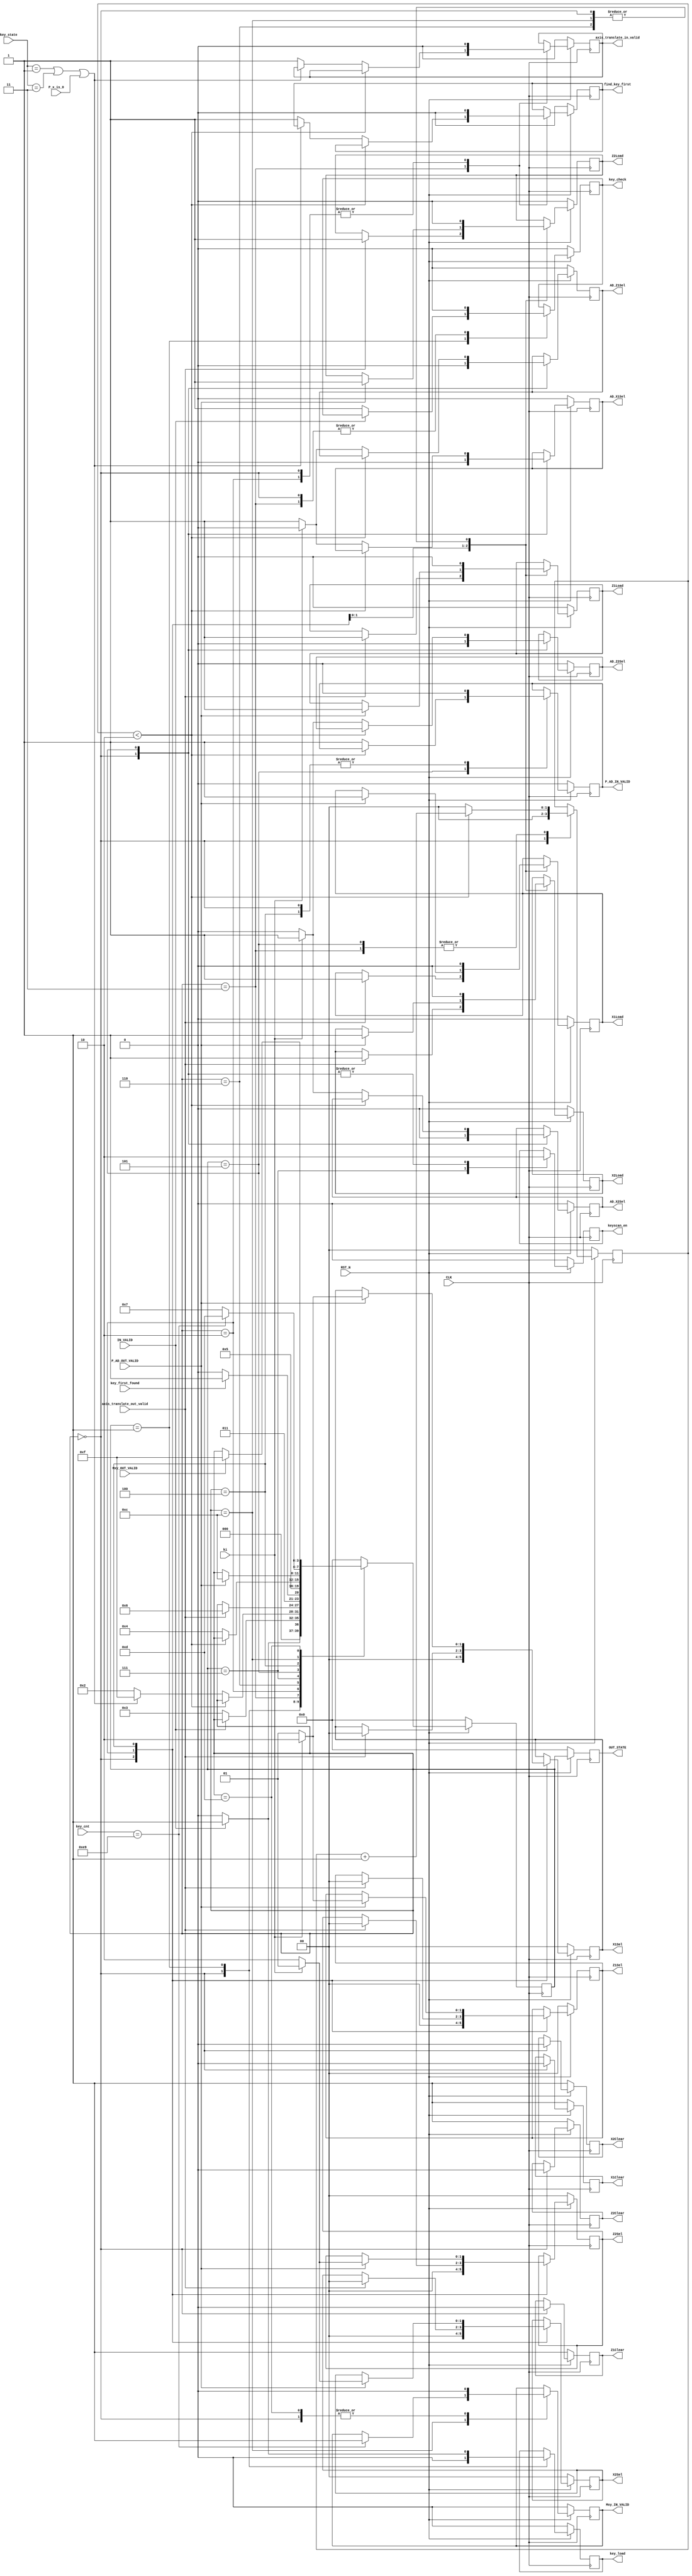
`timescale 1ns / 1ps 
//////////////////////////////////////////////////////////////////////////////////
// Company:
// Engineer:
//
// Design Name:
// Module Name:    PM_fsm
// Project Name:
// Target Devices:
// Tool versions:
// Description:
//
// Dependencies:
//
// Revision:
// Revision 0.01 - File Created
// Additional Comments:
//
//////////////////////////////////////////////////////////////////////////////////
module PM_fsm(
           CLK,
           RST_N,
           IN_VALID,
           ki,
           key_first_found,
           key_cnt,
           P_x_is_0,
           key_state,
           Mxy_OUT_VALID,
           axis_translate_out_valid,
           P_AD_OUT_VALID,
           keyscan_en,
           key_check,
           key_load,
           find_key_first,
           Mxy_IN_VALID,
           P_AD_IN_VALID,
           axis_translate_in_valid,
           X1Clear,
           X1Load,
           Z1Clear,
           Z1Load,
           X2Clear,
           X2Load,
           Z2Clear,
           Z2Load,
           AD_X1Sel,
           AD_Z1Sel,
           AD_X2Sel,
           AD_Z2Sel,
           X1Sel,
           Z1Sel,
           X2Sel,
           Z2Sel,
           OUT_STATE
       );

input CLK;
input RST_N;
input IN_VALID;
input ki;
input key_first_found;
input P_x_is_0;
input [1: 0] key_state;
input [7: 0] key_cnt;
input Mxy_OUT_VALID;
input axis_translate_out_valid;
input P_AD_OUT_VALID;

output reg key_load;
output reg key_check;
output reg keyscan_en;
output reg find_key_first;
output reg P_AD_IN_VALID;
output reg Mxy_IN_VALID;
output reg axis_translate_in_valid;

output reg X1Clear;
output reg X1Load;
output reg Z1Clear;
output reg Z1Load;
output reg X2Clear;
output reg X2Load;
output reg Z2Clear;
output reg Z2Load;

output reg [1: 0] X1Sel;
output reg [1: 0] Z1Sel;
output reg [1: 0] X2Sel;
output reg [1: 0] Z2Sel;

output reg AD_X1Sel;
output reg AD_Z1Sel;
output reg AD_X2Sel;
output reg AD_Z2Sel;

output reg [3: 0] OUT_STATE;

reg [1: 0] delay_cnt;
reg [3: 0] state;

parameter
    IDLE = 4'b0000,
    INIT = 4'b0001,
    PRE_JUDGE = 4'b0011,
    PRE_COMPUTE = 4'b0010,
    KEY_FIRST_SCAN = 4'b0110,
    KEY_SCAN = 4'b0111,
    KEY_JUDGE = 4'b0101,
    P_AD = 4'b0100,
    STROAGE = 4'b1100,
    Y_REC = 4'b1101,
    OUTPUT = 4'b1111;

parameter
    KEY_IS_ZERO = 2'b01,
    KEY_IS_ONE = 2'b11;

always @(posedge CLK) begin
    if (!RST_N) begin

        X1Clear <= 1;
        X1Load <= 0;

        Z1Clear <= 1;
        Z1Load <= 0;

        X2Clear <= 1;
        X2Load <= 0;

        Z2Clear <= 1;
        Z2Load <= 0;

        X1Sel <= 0;
        Z1Sel <= 0;
        X2Sel <= 0;
        Z2Sel <= 0;
        AD_X1Sel <= 0;
        AD_Z1Sel <= 0;
        AD_X2Sel <= 0;
        AD_Z2Sel <= 0;

        key_load <= 0;
        key_check <= 0;
        keyscan_en <= 0;
        find_key_first <= 0;
        P_AD_IN_VALID <= 0;
        Mxy_IN_VALID <= 0;
        axis_translate_in_valid <= 0;

        OUT_STATE <= 0;
        state <= 0;
        delay_cnt <= 0;
    end
    else begin
        OUT_STATE <= state;
        case (state)
            IDLE: begin
                X1Clear <= 0;
                Z1Clear <= 0;
                X2Clear <= 0;
                Z2Clear <= 0;
                X1Load <= 0;
                Z1Load <= 0;
                X2Load <= 0;
                Z2Load <= 0;

                delay_cnt <= 0;
                X1Sel <= 0;
                Z1Sel <= 0;
                X2Sel <= 0;
                Z2Sel <= 0;
                AD_X1Sel <= 0;
                AD_Z1Sel <= 0;
                AD_X2Sel <= 0;
                AD_Z2Sel <= 0;

                key_load <= 0;
                key_check <= 0;
                keyscan_en <= 0;
                find_key_first <= 0;
                P_AD_IN_VALID <= 0;
                Mxy_IN_VALID <= 0;
                axis_translate_in_valid <= 0;

                if (IN_VALID) begin
                    state <= INIT;
                end
                else begin
                    state <= IDLE;
                end
            end
            INIT: begin
                key_load <= 1; //
                if (!IN_VALID) begin
                    key_load <= 0;
                    state <= PRE_JUDGE;
                    key_check <= 1; //10
                end
            end
            PRE_JUDGE: begin
                $display($time, "PRE_JUDGE key_state=%h\n", key_state);
                key_check <= 0; 

                //clock
                //clock1 key_check
                //clock2 key_state
                //clock3 key_state
                if (delay_cnt < 2) begin
                    delay_cnt <= delay_cnt + 1;
                end
                else begin
                    delay_cnt <= 0;

                    if (key_state == KEY_IS_ZERO || key_state == KEY_IS_ONE || P_x_is_0 == 1'b1) begin
                        state <= OUTPUT;
                    end
                    else begin
                        axis_translate_in_valid <= 1; //
                        find_key_first <= 1; //
                        state <= PRE_COMPUTE;
                    end
                end
            end
            PRE_COMPUTE: begin
                // $display($time, "PRE_COMPUTE\n");
                //$display($time, "cnt=%h\n",key_cnt);
                axis_translate_in_valid <= 0;
                find_key_first <= 0;

                if (axis_translate_out_valid == 1) begin
                    X1Load <= 1;
                    Z1Load <= 1;
                    X2Load <= 1;
                    Z2Load <= 1;
                    X1Sel <= 0;
                    Z1Sel <= 0;
                    X2Sel <= 0;
                    Z2Sel <= 0;
                    state <= KEY_FIRST_SCAN;
                end
            end
            KEY_FIRST_SCAN: begin
                //KEY_FIRST_SCANPRE_COMPUTEKEY_FIRST_SCAN
                X1Load <= 0;
                Z1Load <= 0;
                X2Load <= 0;
                Z2Load <= 0;
                if (!key_first_found) begin
                    state <= KEY_FIRST_SCAN;
                end
                else begin
                    state <= KEY_SCAN;
                end
            end
            KEY_SCAN: begin
                //$display($time, " start key scan\n");
                keyscan_en <= 1;
                state <= KEY_JUDGE;
            end

            KEY_JUDGE: begin
                //$display("KEY_JUDGE ki=%h\n", ki);
                
                keyscan_en <= 0;
                //clock
                //clock1 keyscan_en
                //clock2 keyscan_en
                //clock3 ki
                //clock4 ki
                //clock1KEY_SCAN clock4KEY_JUDGE WAIT1

                if (delay_cnt < 2) begin
                    delay_cnt <= delay_cnt + 1;
                end
                else begin
                    delay_cnt <= 0;
                    P_AD_IN_VALID <= 1; //
                    if (ki == 1) begin
                        AD_X1Sel <= 0;
                        AD_Z1Sel <= 0;
                        AD_X2Sel <= 1;
                        AD_Z2Sel <= 1;
                    end
                    else begin
                        AD_X1Sel <= 1;
                        AD_Z1Sel <= 1;
                        AD_X2Sel <= 0;
                        AD_Z2Sel <= 0;
                    end
                    state <= P_AD;
                end
            end
            P_AD: begin
                P_AD_IN_VALID <= 0;
                if (P_AD_OUT_VALID == 1) begin
                    X1Load <= 1;
                    Z1Load <= 1;
                    X2Load <= 1;
                    Z2Load <= 1;
                    state <= STROAGE;
                    if (ki == 1) begin
                        $display($time, " P_AD finish : ki == 1\n");
                        //P1=P_add P2=P_double
                        X1Sel <= 2'b10;
                        Z1Sel <= 2'b10;
                        X2Sel <= 2'b01;
                        Z2Sel <= 2'b01;
                    end
                    else begin
                        $display($time, " P_AD finish : ki == 0\n");
                        //P2=P_add P1=P_double
                        X1Sel <= 2'b01;
                        Z1Sel <= 2'b01;
                        X2Sel <= 2'b10;
                        Z2Sel <= 2'b10;
                    end
                end
            end
            STROAGE: begin

                X1Load <= 0;
                Z1Load <= 0;
                X2Load <= 0;
                Z2Load <= 0;
                if (key_cnt == 233) begin
                    state <= Y_REC;
                    Mxy_IN_VALID <= 1;
                end
                else begin
                    state <= KEY_SCAN;
                end
            end
            Y_REC: begin
                Mxy_IN_VALID <= 0;
                if (Mxy_OUT_VALID == 1) begin
                    state <= OUTPUT;
                end
            end
            
            OUTPUT: begin
                $display($time, "OUTPUT\n");
                state <= IDLE;
            end
            default: begin
                state <= IDLE;
            end
        endcase
    end
end
endmodule